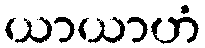
ယာယာဟံ